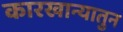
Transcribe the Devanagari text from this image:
कारखान्यातुन